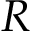
R